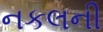
નકલની